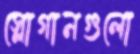
স্লোগানগুলো